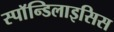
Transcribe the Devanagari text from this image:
स्पाॅन्डिलाइसिस